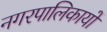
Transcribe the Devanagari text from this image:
नगरपालिकायों